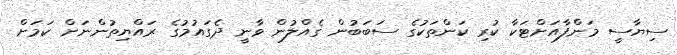
ސިޔާސީ މަންފާއަށްޓަކާ ކުރި ކަންތަކުގެ ސަބަބުން ގެއްލުން ވާނީ ދެގައުމުގެ ރައްޔިތުންނަށް ކަމަށް